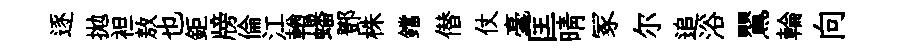
逐拋袒敖也鉅牓倫江輶蟠鄧株鐺僣仗毫匡晴冢尔追浴鸎輪向